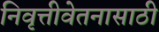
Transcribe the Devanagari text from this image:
निवृत्तीवेतनासाठी